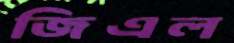
জিএল